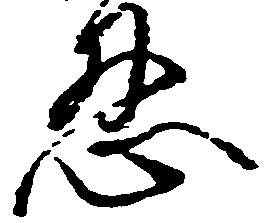
忍